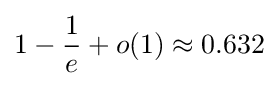
1-{\frac {1}{e}}+o(1)\approx 0.632